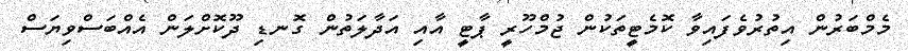
މެމްބަރުން އިތުރުވެފައިވާ ކޮމެޓީތަކުން ޖުމްހޫރީ ޕާޓީ އާއި އަދާލަތުން ގޮނޑި ދޫކޮށްލަން އެއްބަސްވިޔަސް